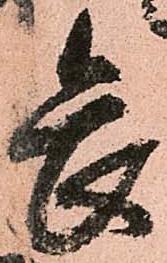
畏